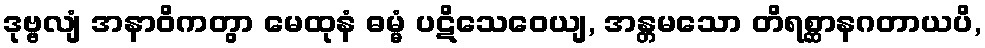
ဒုဗ္ဗလျံ အနာဝိကတွာ မေထုနံ ဓမ္မံ ပဋိသေဝေယျ, အန္တမသော တိရစ္ဆာနဂတာယပိ,